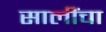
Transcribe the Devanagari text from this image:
सालींचा